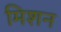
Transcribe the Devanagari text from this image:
मिशन